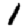
Digit: 1